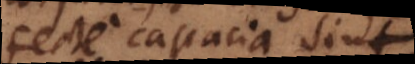
perfecte capacia sint